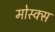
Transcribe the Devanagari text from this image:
मोस्क्स